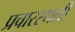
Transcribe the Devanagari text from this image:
प्रचारस्‍थली